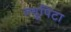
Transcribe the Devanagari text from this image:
ल्युपिटा